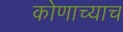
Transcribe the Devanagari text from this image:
कोणाच्याच